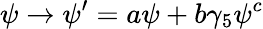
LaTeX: \psi\rightarrow\psi^{\prime}=a\psi+b\gamma_{5}\psi^{c}